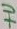
Text: +V